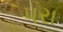
પરા